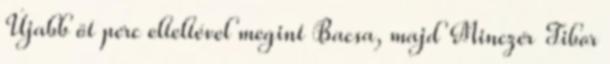
Újabb öt perc elteltével megint Bacsa, majd Minczér Tibor